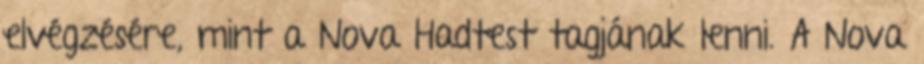
elvégzésére, mint a Nova Hadtest tagjának lenni. A Nova